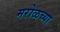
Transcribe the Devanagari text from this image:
मरोळच्या